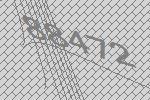
88472